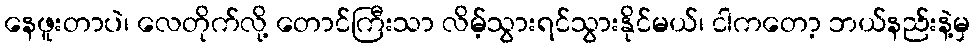
နေဖူးတာပဲ၊ လေတိုက်လို့ တောင်ကြီးသာ လိမ့်သွားရင်သွားနိုင်မယ်၊ ငါကတော့ ဘယ်နည်းနဲ့မှ